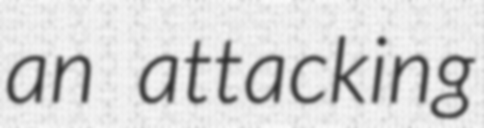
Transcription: an attacking